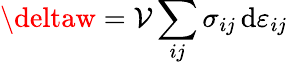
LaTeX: \deltaw=\mathcal{V}\sum_{ij}\sigma_{ij}\, \mathrm{{d}}\varepsilon_{ij}